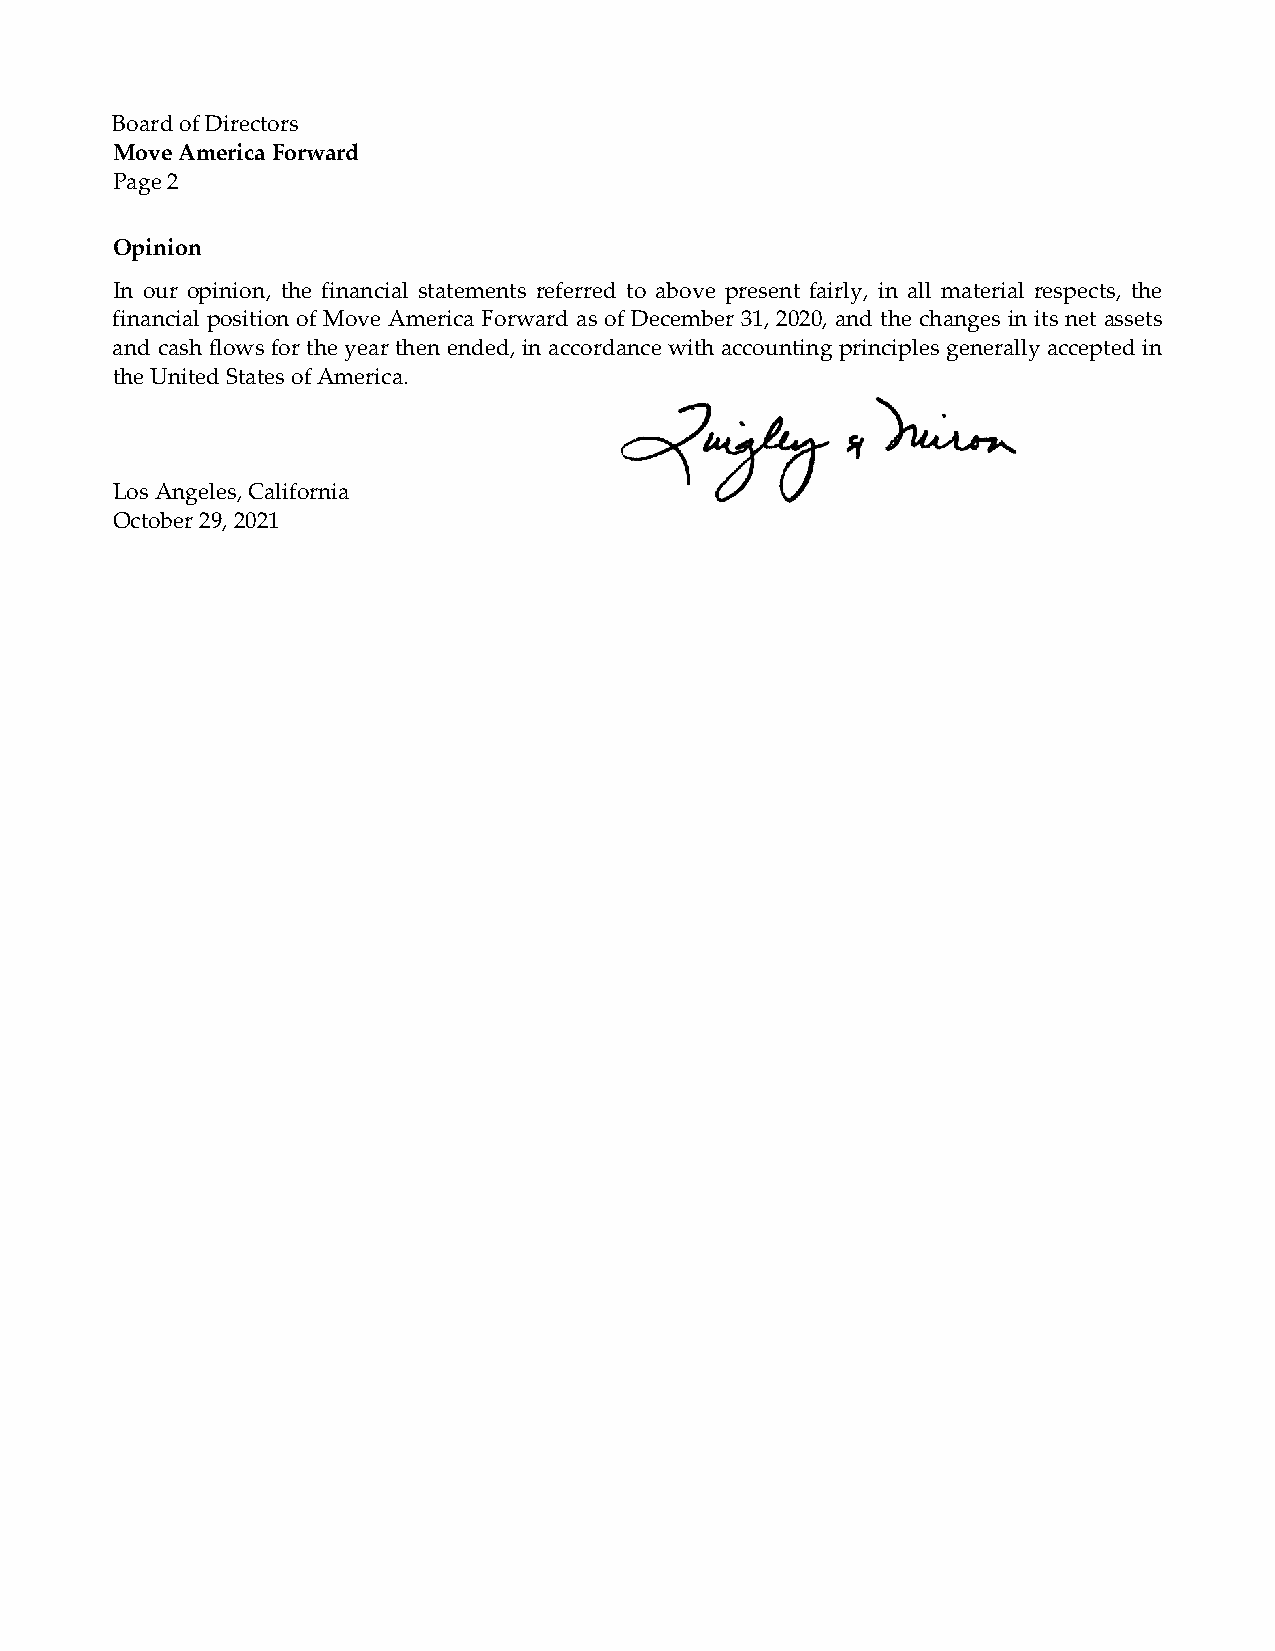
Board of Directors
 Move America Forward
 Page 2
 Opinion
 In our opinion, the financial statements referred to above present fairly, in all material respects, the
 financial position of Move America Forward as of December 31, 2020, and the changes in its net assets
 and cash flows for the year then ended, in accordance with accounting principles generally accepted in
 the United States of America.
 Los Angeles, California
 October 29, 2021